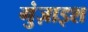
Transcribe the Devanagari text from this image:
गुंज़ाइश